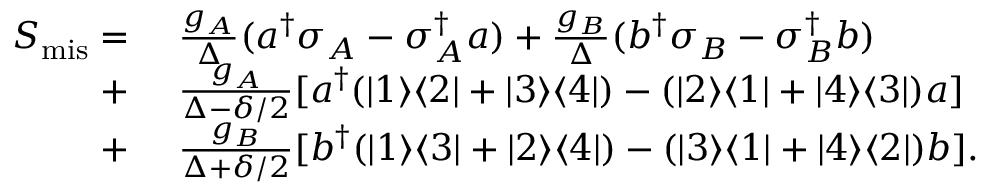
\begin{array} { r l } { S _ { \mathrm { m i s } } = } & { { } ~ \frac { g _ { A } } { \Delta } ( a ^ { \dagger } \sigma _ { A } - \sigma _ { A } ^ { \dagger } a ) + \frac { g _ { B } } { \Delta } ( b ^ { \dagger } \sigma _ { B } - \sigma _ { B } ^ { \dagger } b ) } \\ { + } & { { } ~ \frac { g _ { A } } { \Delta - \delta / 2 } [ a ^ { \dagger } ( | 1 \rangle \langle 2 | + | 3 \rangle \langle 4 | ) - ( | 2 \rangle \langle 1 | + | 4 \rangle \langle 3 | ) a ] } \\ { + } & { { } ~ \frac { g _ { B } } { \Delta + \delta / 2 } [ b ^ { \dagger } ( | 1 \rangle \langle 3 | + | 2 \rangle \langle 4 | ) - ( | 3 \rangle \langle 1 | + | 4 \rangle \langle 2 | ) b ] . } \end{array}